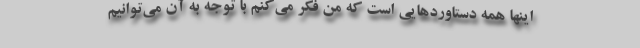
اینها همه دستاوردهایی است که من فکر می‌کنم با توجه به آن می‌توانیم